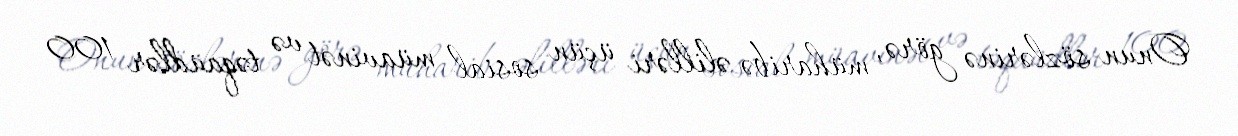
Onun sözlərinə görə, müharibə əlilləri üçün sosial müavinət və təqaüdlər 100